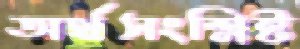
অর্থসংশ্লিষ্ট